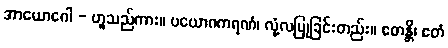
အာယောဂေါ - ဟူသည်ကား။ ပယောဂကရဏံ၊ လုံ့လပြုခြင်းတည်း။ ဧတန္တိ၊ ဧတံ